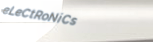
eLeCtRoNiCs